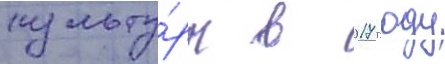
культу́ры в 2017 году